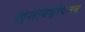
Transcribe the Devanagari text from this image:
ख़्शायथ़ीयनम